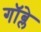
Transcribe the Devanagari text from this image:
गॉब्ले